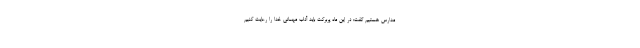
مدارس هستیم گفت: در این ماه پربرکت باید آداب مهمانی خدا را رعایت کنیم